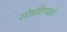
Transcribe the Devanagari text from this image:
सोडविण्याचे